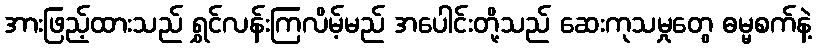
အားဖြည့်ထားသည် ရွှင်လန်းကြလိမ့်မည် အပေါင်းတို့သည် ဆေးကုသမှုတွေ ဓမ္မစက်နဲ့